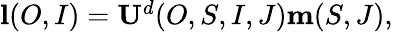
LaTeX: \begin{array}{r}{\mathbf{l}(O,I)=\mathbf{U}^{d}(O,S,I,J)\mathbf{m}(S,J),}\end{array}